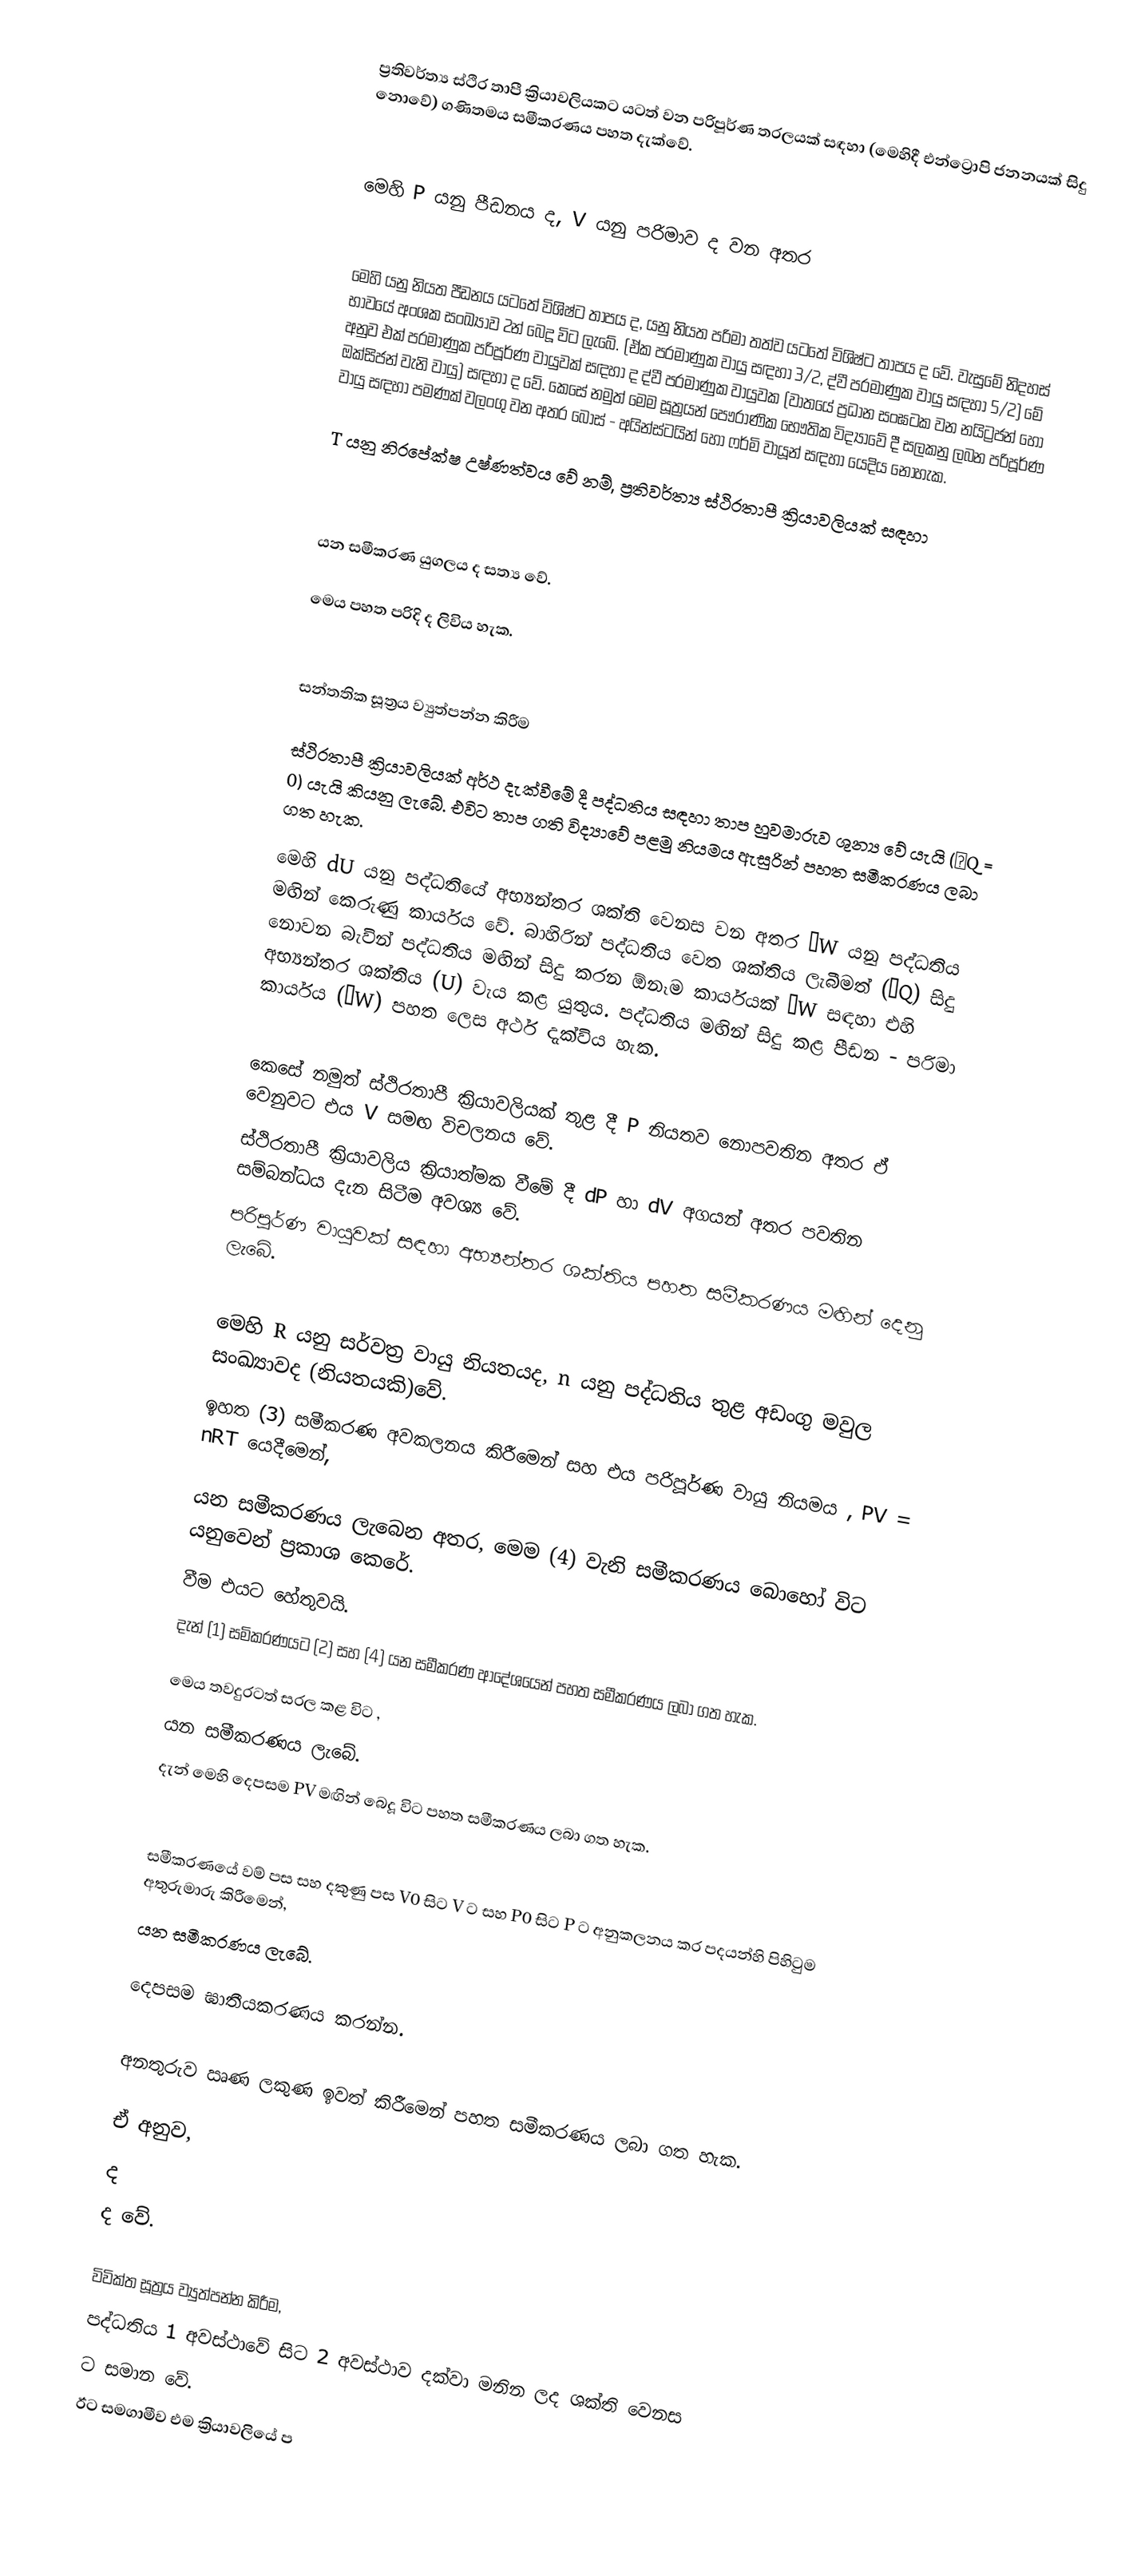
ප්‍රතිවර්ත්‍ය ස්ථිර තාපී ක්‍රියාවලියකට යටත් වන පරිපූර්ණ තරලයක් සඳහා (මෙහිදී එන්ට්‍රොපි ජනනයක් සිදු නොවේ) ගණිතමය සමීකරණය පහත දැක්වේ.

මෙහි P යනු පීඩනය ද,  V යනු පරිමාව ද වන අතර

මෙහි   යනු නියත පීඩනය යටතේ විශිෂ්ට තාපය ද,  යනු නියත පරිමා තත්ව යටතේ විශිෂ්ට තාපය ද වේ. වැසුමේ නිදහස් භාවයේ අංශක සංඛ්‍යාව 2න් බෙදූ විට  ලැබේ. (ඒක පරමාණුක වායු සඳහා 3/2, ද්වී පරමාණුක වායු සඳහා 5/2) මේ අනුව එක් පරමාණුක පරිපූර්ණ වායුවක් සඳහා  ද ද්වී පරමාණුක වායුවක (වාතයේ ප්‍රධාන සංඝටක වන නයිට්‍රජන් හෝ ඔක්සිජන් වැනි වායු) සඳහා  ද වේ. කෙසේ නමුත් මෙම සූත්‍ර‍යන් පෞරාණික භෞතික විද්‍යාවේ දී සලකනු ලබන පරිපූර්ණ වායු සඳහා පමණක් වලංගු වන අතර බෝස් - අයින්ස්ටයින් හෝ ෆර්මි වායූන් සඳහා යෙදිය නොහැක.

T යනු නිරපේක්ෂ උෂ්ණත්වය වේ නම්, ප්‍රතිවර්ත්‍ය ස්ථිරතාපී ක්‍රියාවලියක් සඳහා

යන සමීකරණ යුගලය ද සත්‍ය වේ.

මෙය පහත පරිදි ද ලිවිය හැක.

සන්තතික සූත්‍රය ව්‍යුත්පන්න කිරීම

ස්ථිරතාපී ක්‍රියාවලියක් අර්ථ දැක්වීමේ දී පද්ධතිය සඳහා තාප හුවමාරුව ශුන්‍ය වේ යැයි (δQ = 0) යැයි කියනු ලැබේ. එවිට තාප ගති විද්‍යාවේ පළමු නියමය ඇසුරින් පහත සමීකරණය ලබා ගත හැක.

මෙහි dU යනු පද්ධතියේ අභ්‍යන්තර ශක්ති වෙනස වන අතර δW  යනු පද්ධතිය මඟින් කෙ‍රුණු කාර්යය වේ. ‍බාහිරින් පද්ධතිය වෙත ශක්තිය ලැබීමත් (δQ)  සිදු නොවන බැවින් පද්ධතිය මඟින් සිදු කරන ඕනෑම කාර්යයක් δW සඳහා එහි අභ්‍යන්තර ශක්තිය (U)  වැය කළ යුතුය. පද්ධතිය මඟින් සිදු කළ පීඩන - පරිමා කාර්යය (δW)  පහත ලෙස අර්ථ දැක්විය හැක.

කෙසේ නමුත් ස්ථිරතාපී ක්‍රියාවලියක් තුළ දී P  නියතව නොපවතින අතර ඒ වෙනුවට එය V සමඟ විචලනය වේ.
ස්ථිරතාපී ක්‍රියාවලිය ක්‍රියාත්මක වීමේ දී dP හා dV අගයන් අතර පවතින සම්බන්ධය දැන සිටීම අවශ්‍ය වේ.
පරිපූර්ණ වායුවක් සඳහා අභ්‍යන්තර ශක්තිය පහත සමීකරණය මඟින් දෙනු ‍ලැබේ.

මෙහි R යනු සර්වත්‍ර වායු නියතයද, n යනු පද්ධතිය තුළ අඩංගු මවුල සංඛ්‍යාවද (නියතයකි)වේ.
ඉහත (3) සමීකරණ අවකලනය කිරීමෙන් සහ එය පරිපූර්ණ වායු නියමය , PV = nRT යෙදීමෙන්,

යන සමීකරණය ලැබෙන අතර, මෙම (4) වැනි සමීකරණය බොහෝ විට   යනුවෙන් ප්‍රකාශ කෙරේ.
 වීම එයට හේතුවයි.
දැන් (1) සමිකරණයට (2) සහ (4) යන සමීකරණ ආදේශයෙන් පහත සමීකරණය ලබා ගත හැක.

මෙය තවදුරටත් සරල කළ විට ,
   යන සමීකරණය ලැබේ.
දැන් මෙහි දෙපසම PV  මඟින් බෙදූ විට පහත සමීකරණය ලබා ගත හැක.

සමීකරණයේ වම් පස සහ දකුණු පස V0 සිට V ට සහ P0 සිට  P ට අනුකලනය කර පදයන්හි පිහිටුම අතුරුමාරු කිරීමෙන්,
   යන සමීකරණය ලැබේ.

දෙපසම ඝාතීයකරණය කරන්න.

අනතුරුව ඍණ ලකුණ ඉවත් කිරීමෙන් පහත සමීකරණය ලබා ගත හැක.

ඒ අනුව,
  ද
   ද වේ.

විවික්ත සූත්‍රය ව්‍යුත්පන්න කිරීම,
පද්ධතිය 1 අවස්ථාවේ සිට 2 අවස්ථාව දක්වා මනින ලද ශක්ති වෙනස
  ට සමාන වේ.
ඊට  සමගාමීව එම ක්‍රියාවලියේ ප